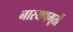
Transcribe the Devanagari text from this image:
नारयणमूर्ती